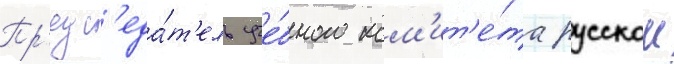
Пр'едс'еда́т'ель уче́бного ком'ит'е́та русскои